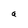
Character: a